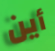
أين